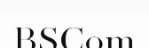
BSCom